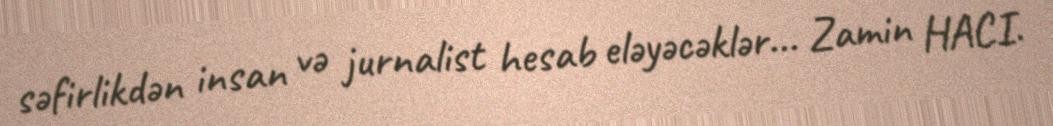
səfirlikdən insan və jurnalist hesab eləyəcəklər... Zamin HACI.